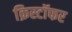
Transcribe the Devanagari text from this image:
क्रिस्टॉफर